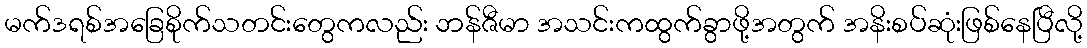
မက်ဒရစ်အခြေစိုက်သတင်းတွေကလည်း ဘန်ဇီမာ အသင်းကထွက်ခွာဖို့အတွက် အနိးစပ်ဆုံးဖြစ်နေပြီလို့